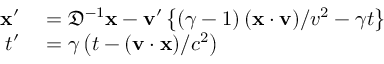
\begin{array} { c } { { \begin{array} { r l } { \mathbf { x } ^ { \prime } } & { { } = { \mathfrak { D } } ^ { - 1 } \mathbf { x } - \mathbf { v } ^ { \prime } \left\{ \left( \gamma - 1 \right) ( \mathbf { x \cdot v } ) / v ^ { 2 } - \gamma t \right\} } \\ { t ^ { \prime } } & { { } = \gamma \left( t - ( \mathbf { v } \cdot \mathbf { x } ) / c ^ { 2 } \right) } \end{array} } } \end{array}